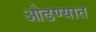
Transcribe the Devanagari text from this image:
ओढण्यात